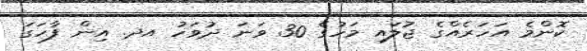
ކޮންމެ އަހަރެއްގެ ޖުލައި މަހުގެ 30 ވަނަ ދުވަހު އދ. އިން ފާހަގަ